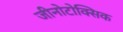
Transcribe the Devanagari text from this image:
जीनोटोक्सिक